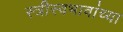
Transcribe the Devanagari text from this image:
स्त्रीस्वभावांच्या